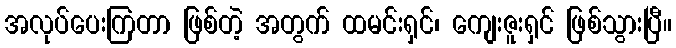
အလုပ်ပေးကြတာ ဖြစ်တဲ့ အတွက် ထမင်းရှင်၊ ကျေးဇူးရှင် ဖြစ်သွားပြီ။